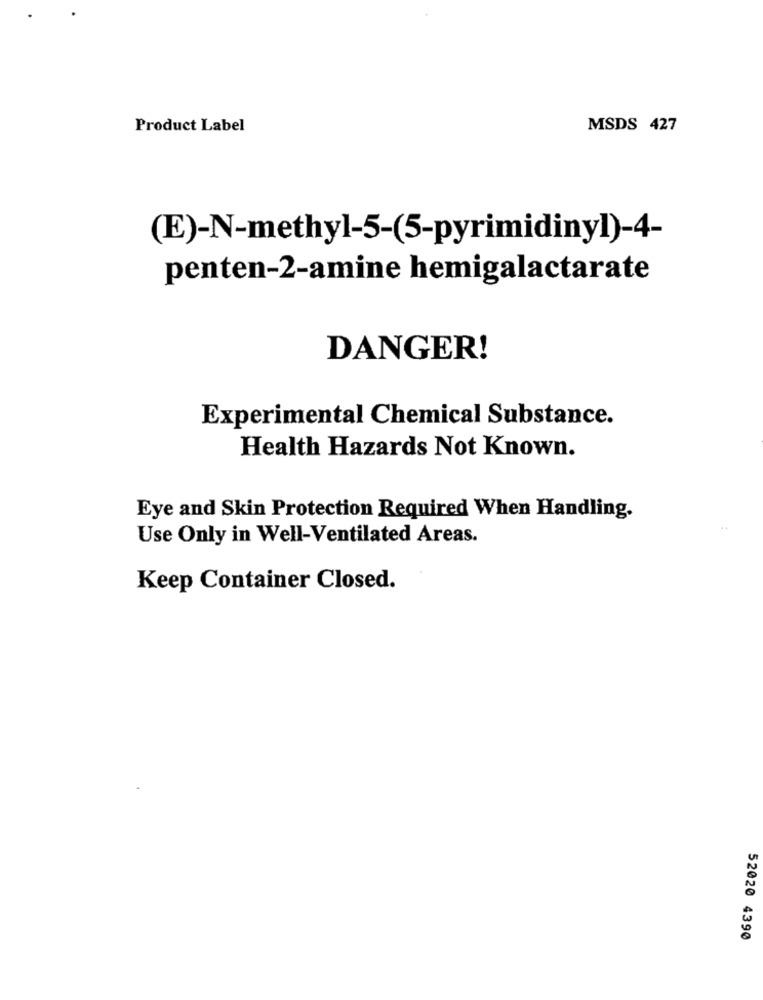
Product Label
MSDS 427
(E)-N-methyl-5-(5-pyrimidinyl)-4-
penten-2-amine hemigalactarate
DANGER!
Experimental Chemical Substance.
Health Hazards Not Known.
Eye and Skin Protection Required When Handling.
Use Only in Well-Ventilated Areas.
Keep Container Closed.
52020 4390